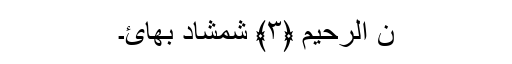
ٰنِ الرَّحِيمِ ﴿٣﴾ شمشاد بھائ۔